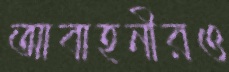
আবাহনীরও